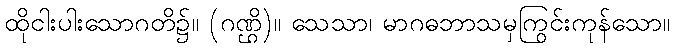
ထိုငါးပါးသောဂတိ၌။ (ဂဏ္ဌိ)။ သေသာ၊ မာဂဓဘာသမှကြွင်းကုန်သော။